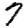
Digit: 7